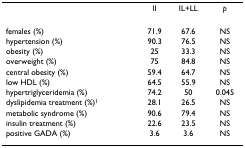
|  | II | IL+LL | p |
 | --- | --- | --- | --- |
 | females (%) | 71.9 | 67.6 | NS |
 | hypertension (%) | 90.3 | 76.5 | NS |
 | obesity (%) | 25 | 33.3 | NS |
 | overweight (%) | 75 | 84.8 | NS |
 | central obesity (%) | 59.4 | 64.7 | NS |
 | low HDL (%) | 64.5 | 55.9 | NS |
 | hypertriglyceridemia (%) | 74.2 | 50 | 0.045 |
 | dyslipidemia treatment (%)1 | 28.1 | 26.5 | NS |
 | metabolic syndrome (%) | 90.6 | 79.4 | NS |
 | insulin treatment (%) | 22.6 | 23.5 | NS |
 | positive GADA (%) | 3.6 | 3.6 | NS |